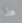
هذا